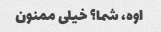
اوه، شما؟ خیلی ممنون